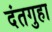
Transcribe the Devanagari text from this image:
दंतगुहा